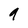
Character: q